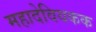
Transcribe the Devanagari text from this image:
महादेवियकक